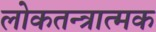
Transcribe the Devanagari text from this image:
लोकतन्त्रात्मक